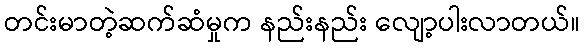
တင်းမာတဲ့ဆက်ဆံမှုက နည်းနည်း လျော့ပါးလာတယ်။